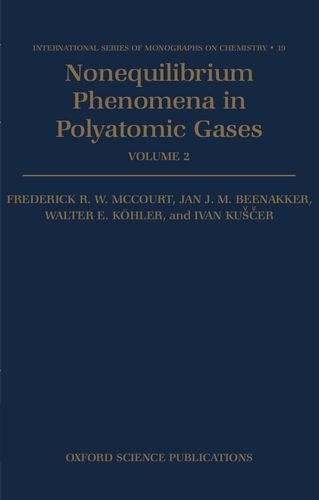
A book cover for Nonequilibrium Phenomena in Polyatomic Gases: Volume 2: Cross Sections, Scattering, and Rarefied Gases (International Series of Monographs on Chemistry); Frederick R. W. McCourt; Science & Math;